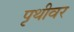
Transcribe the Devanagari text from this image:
पृथीवर